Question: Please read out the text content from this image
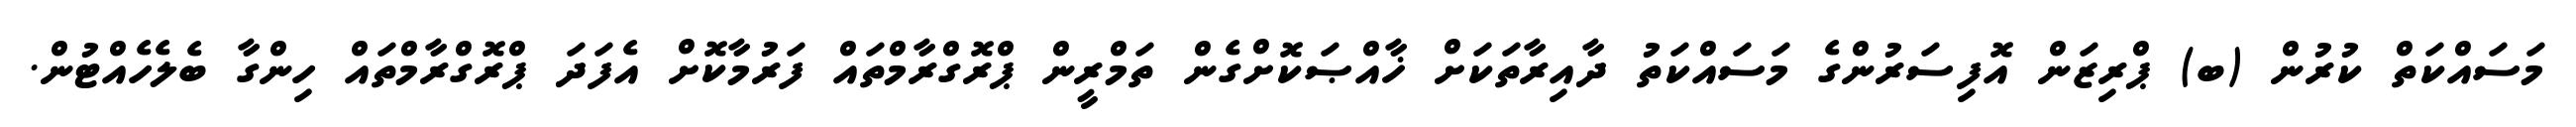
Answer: މަސައްކަތް ކުރުން (ބ) ޕްރިޒަން އޮފިސަރުންގެ މަސައްކަތު ދާއިރާތަކަށް ޚާއްޞަކޮށްގެން ތަމްރީން ޕްރޮގްރާމްތައް ފަރުމާކޮށް އެފަދަ ޕްރޮގްރާމްތައް ހިންގާ ބެލެހެއްޓުން.